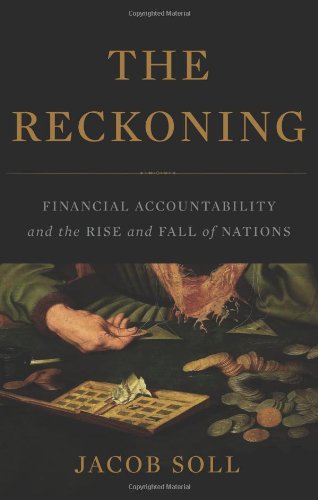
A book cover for The Reckoning: Financial Accountability and the Rise and Fall of Nations; Jacob Soll; Business & Money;